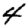
Digit: 4